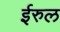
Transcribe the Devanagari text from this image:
ईरुल